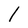
Character: l